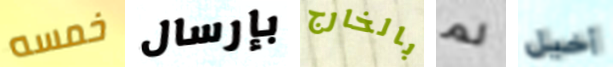
خمسه بإرسال بالخارج لم أخيل